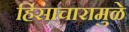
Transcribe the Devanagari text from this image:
हिंसाचारामुळे